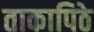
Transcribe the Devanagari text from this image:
ताकापिठे